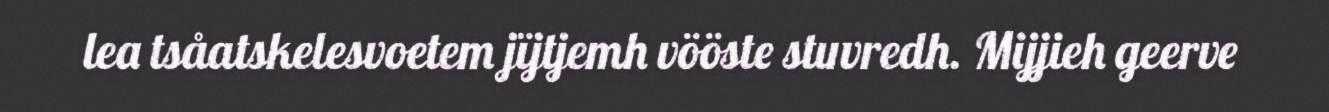
lea tsåatskelesvoetem jïjtjemh vööste stuvredh. Mijjieh geerve